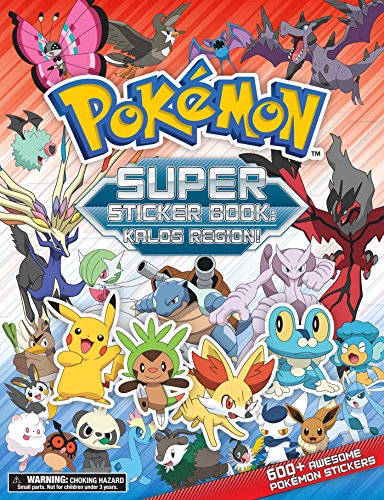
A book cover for Pokemon Super Sticker Book: Kalos Region; Children's Books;